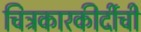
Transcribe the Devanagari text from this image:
चित्रकारकीर्दीची